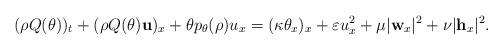
LaTeX: \begin{align*}(\rho Q(\theta))_t + (\rho Q(\theta)\mathbf{u})_x+\theta p_\theta(\rho)u_x =(\kappa \theta_x)_x+ \varepsilon u_x^2 + \mu |\mathbf{w}_x|^2 + \nu|\mathbf{h}_x|^2.\end{align*}